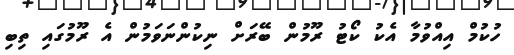
ހުކުމް އިއްވުމާ އެކު ކޯޓު ރޫމުން ބޭރަށް ނިކުންނަވަމުން އެ ރޫމުގައި ތިބި